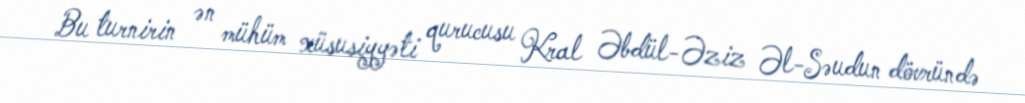
Bu turnirin ən mühüm xüsusiyyəti qurucusu Kral Əbdül-Əziz Əl-Səudun dövründə